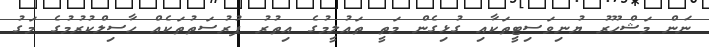
ނަން މަޝްހޫރު ޔުނިވަސިޓީތަކާއި ގުޅިގެން މަތީ ތައުލީމުގެ އިތުރު ފުރުސަތުތަކެއް ހާސިލްކުރުމުގެ މަގު